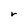
Character: r